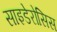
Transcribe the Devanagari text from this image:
साइडेरोसिस